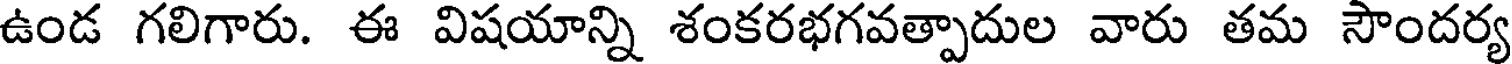
ఉండ గలిగారు. ఈ విషయాన్ని శంకరభగవత్పాదుల వారు తమ సౌందర్య